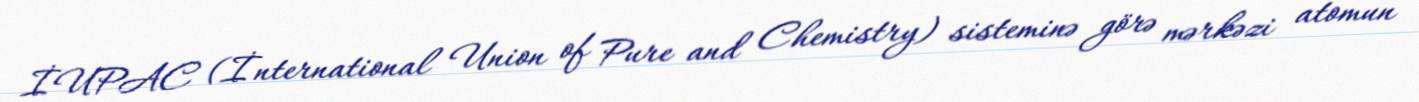
İUPAC (İnternational Union of Pure and Chemistry) sisteminə görə mərkəzi atomun